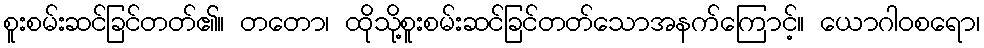
စူးစမ်းဆင်ခြင်တတ်၏။ တတော၊ ထိုသို့စူးစမ်းဆင်ခြင်တတ်သောအနက်ကြောင့်။ ယောဂါဝစရော၊